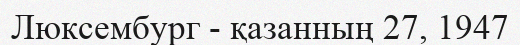
Люксембург - қазанның 27, 1947